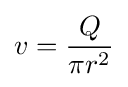
v={\frac {Q}{\pi r^{2}}}